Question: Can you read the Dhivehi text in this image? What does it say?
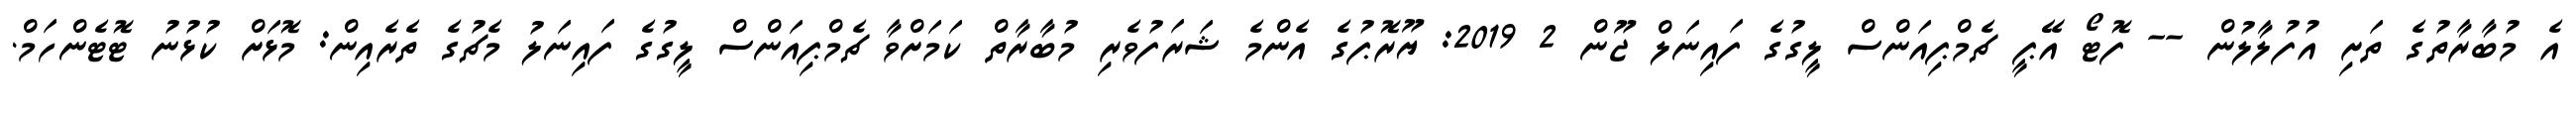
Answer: އެ މުބާރާތުގެ ތަށި އުފުލާލުން -- ފޮޓޯ އޭޕީ ޗެމްޕިއަންސް ލީގުގެ ފައިނަލް ޖޫން 2 2019: ޔޫރޮޕުގެ އެންމެ ޝަރަފުވެރި މުބާރާތް ކަމަށްވާ ޗެމްޕިއަންސް ލީގުގެ ފައިނަލު މެޗުގެ ތެރެއިން: މޮޅަށް ކުޅުނު ޓޮޓެންހަމް.